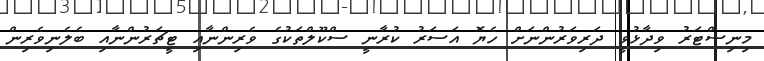
މިނިސްޓަރު ވިދާޅުވީ ދަރިވަރުންނަށް ހެޔޮ އަސަރު ކުރާނީ ސްކޫލްތަކުގެ ވެރިންނާއި ޓީޗަރުންނާއި ބެލެނިވެރިން